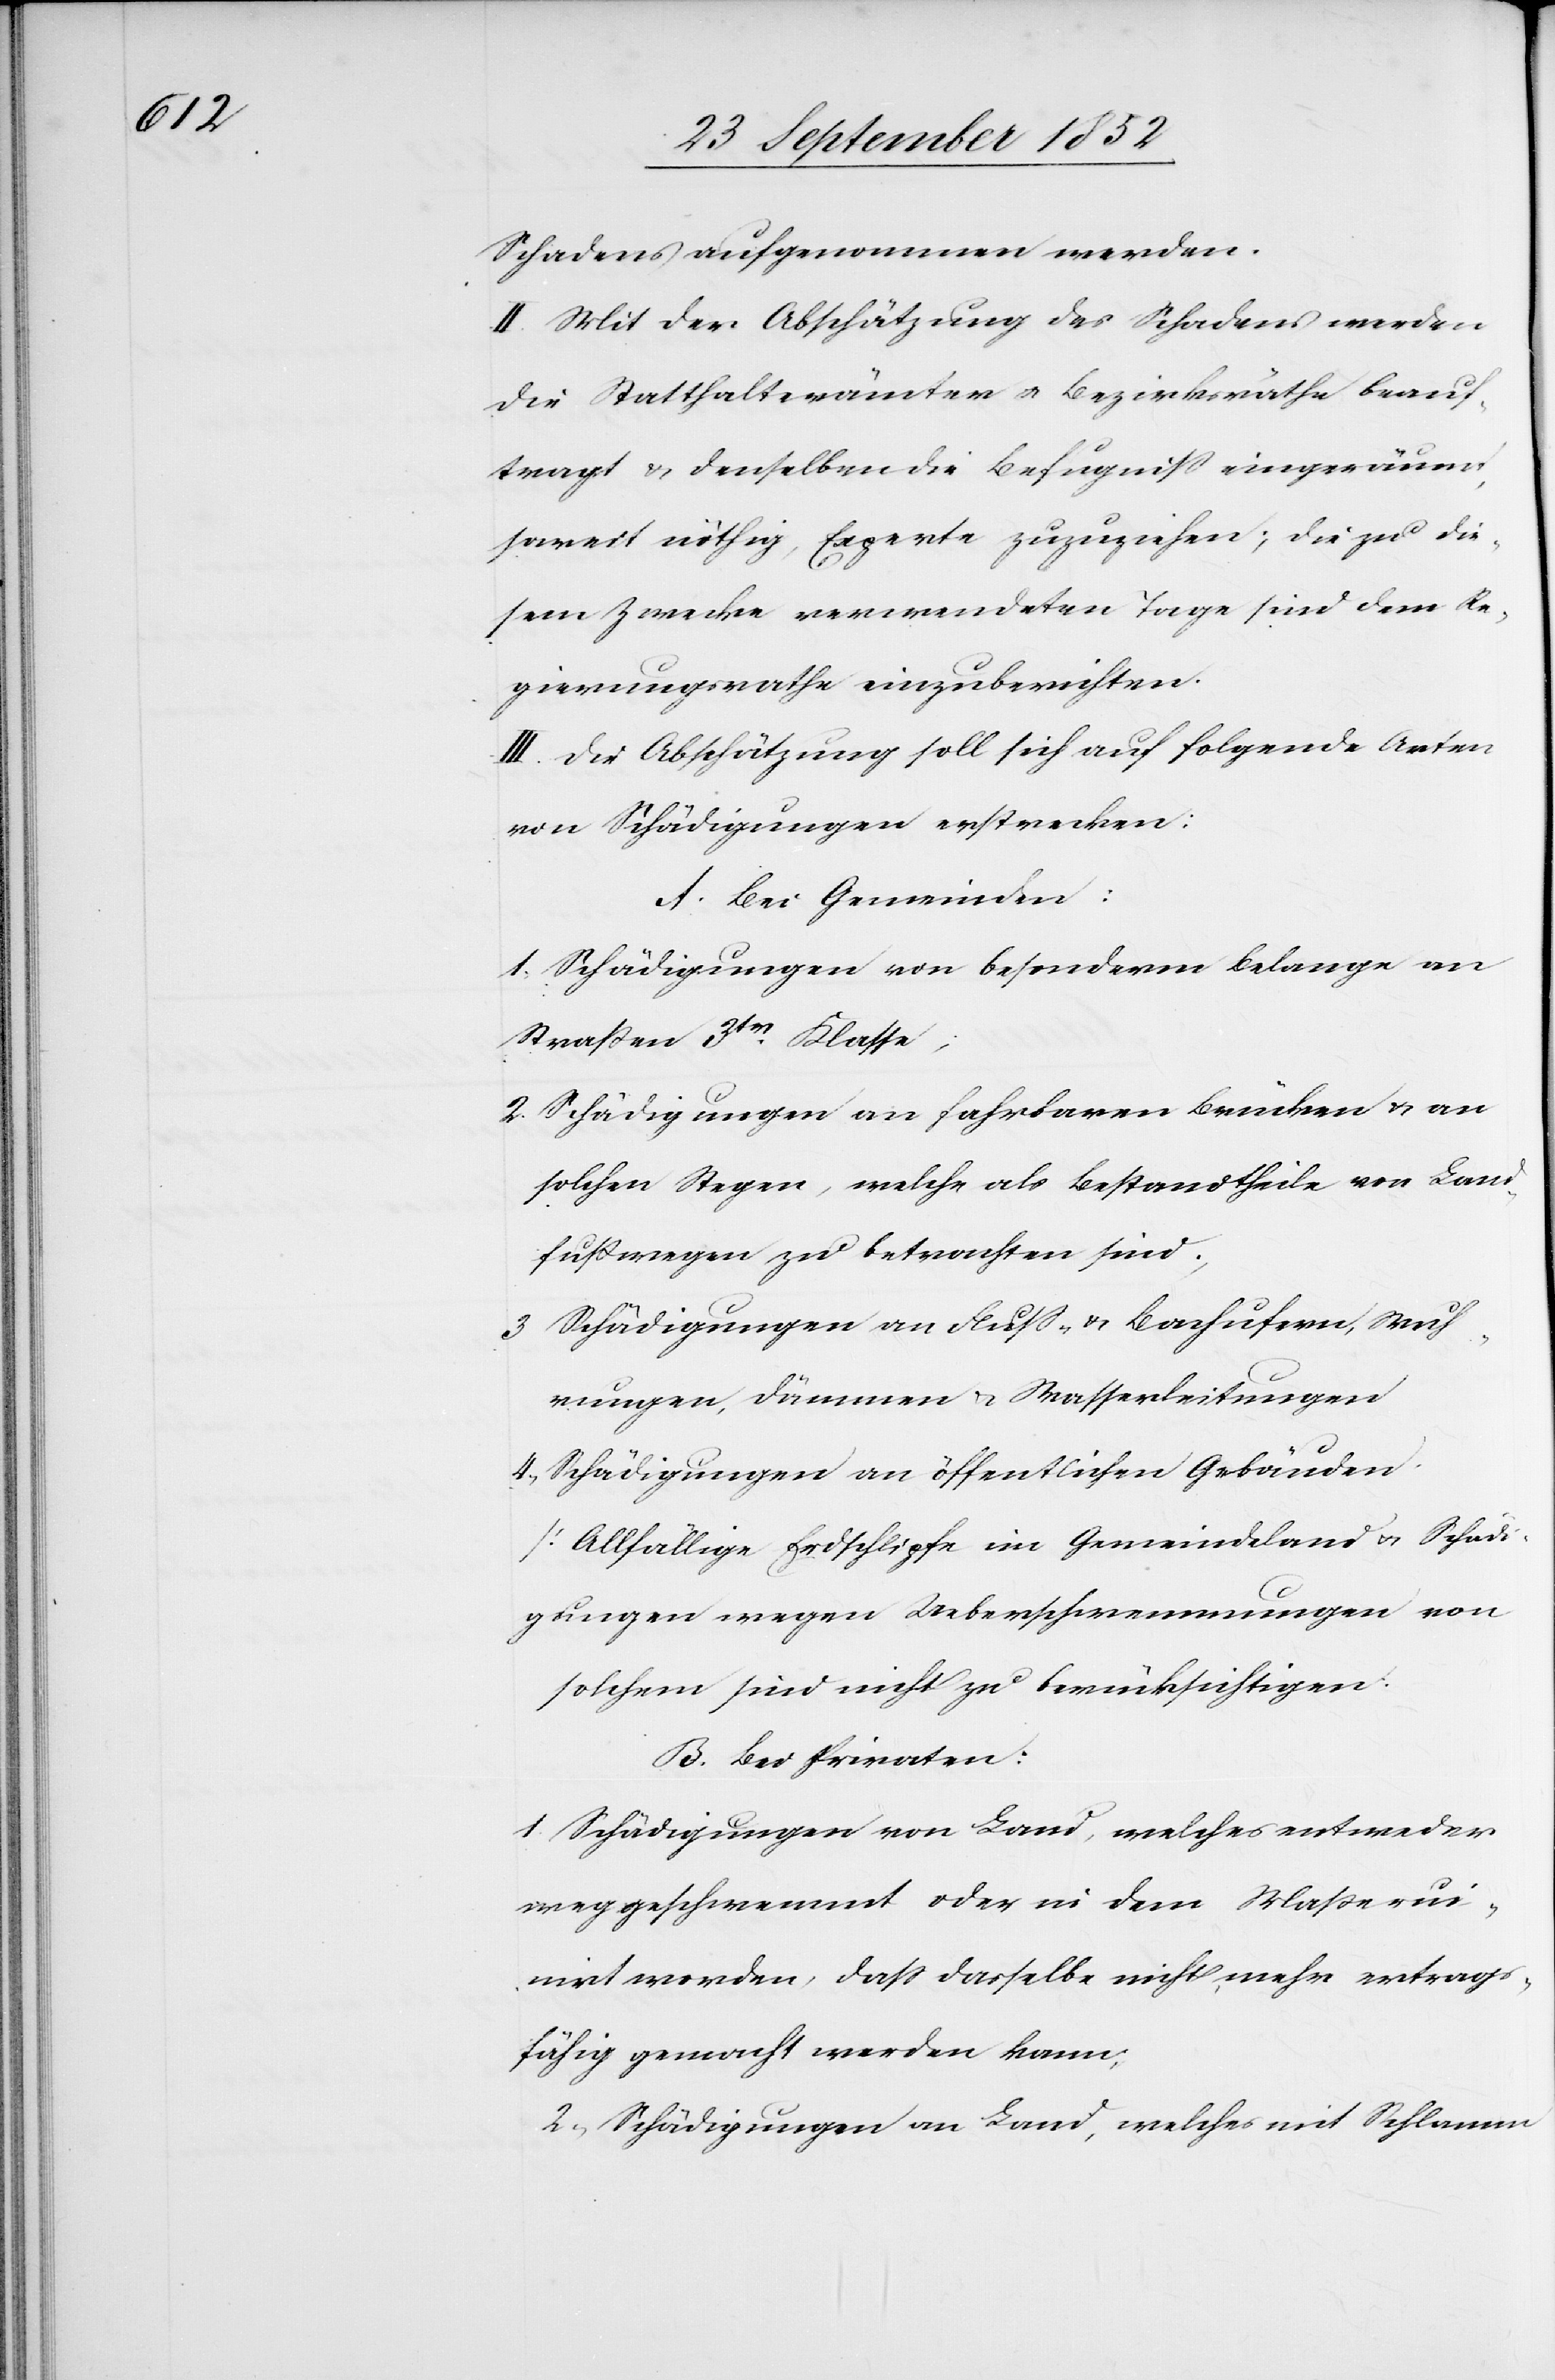
Schadens aufgenommen werden.
II. Mit der Abschätzung des Schadens werden
die Statthalterämter & Bezirksräthe beauf¬
tragt & denselben die Befugniss eingeräumt,
soweit nöthig, Experte zuzuziehen; die zu die¬
sem Zwecke verwendeten Tage sind dem Re¬
gierungsrathe einzuberichten.
III. Die Abschätzung soll sich auf folgende Arten
von Schädigungen erstrecken:
A. Bei Gemeinden:
Schädigungen von besonderm Belange an
Straßen 3tr. Klasse;
Schädigungen an fahrbaren Brücken & an
solchen Stegen, welche als Bestandtheile von Land¬
fußwegen zu betrachten sind.
Schädigungen an Fluss- & Bachufern, Wuh¬
rungen, Dämmen & Wasserleitungen
Schädigungen an öffentlichen Gebäuden.
[Allfällige Erdschlipfe im Gemeindeland & Schädi¬
gungen wegen Ueberschwemmungen von
solchem sind nicht zu berücksichtigen.[]]
B. Bei Privaten:
Schädigungen von Land, welches entweder
weggeschwemmt oder in dem Maße ruin¬
irt worden, dass dasselbe nicht mehr ertrags¬
fähig gemacht werden kann;
Schädigungen an Land, welches mit Schlamm